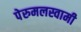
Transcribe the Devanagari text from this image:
पेरुमलस्वामी